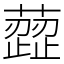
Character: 䔼